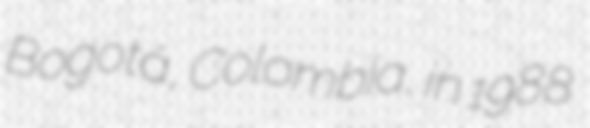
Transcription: Bogotá, Colombia, in 1988